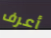
أعرف